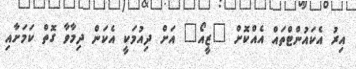
އިރު އެކައުންޓްތައް އެއްކޮށް "ޒީއޯ" އަށް ދިއުމަކީ އެކަން ދިމާވާ ގޮތް ކަމަށާއި